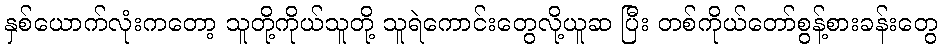
နှစ်ယောက်လုံးကတော့ သူတို့ကိုယ်သူတို့ သူရဲကောင်းတွေလို့ယူဆ ပြီး တစ်ကိုယ်တော်စွန့်စားခန်းတွေ